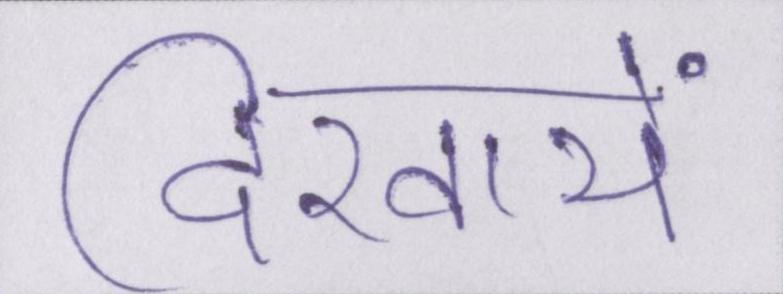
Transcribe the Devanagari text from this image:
दिखायें